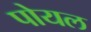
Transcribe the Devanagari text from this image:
पोयल